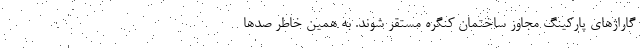
گاراژهای پارکینگ مجاوز ساختمان کنگره مستقر شوند. به همین خاطر صدها